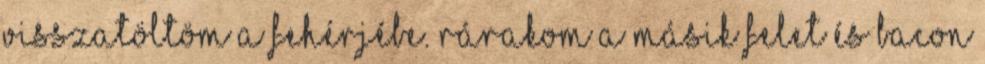
visszatöltöm a fehérjébe. Rárakom a másik felet és bacon